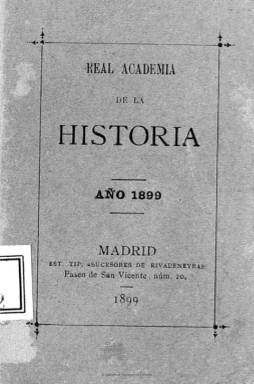
Título: Real Academia de la Historia
Colección: Anuarios e informes || Historia
Ámbito geográfico: Madrid
Lugar de publicación: Madrid
Fechas: 01/01/1899-31/12/1905

Digitalizados los volúmenes de la colección Gómez Imaz, con signaturas R/60432, R/60433 y R/60435, correspondientes a los años 1899, 1902 y 1905.

[Descripción modificada el 26/10/2021]